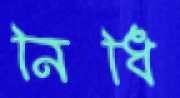
নিধি